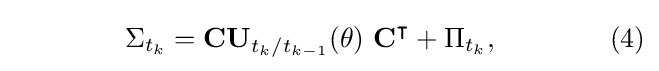
\qquad \qquad \Sigma _{t_{k}}=\mathbf {CU} _{{t_{k}}/t_{k-1}}(\theta )\ \mathbf {C} ^{\intercal }+\Pi _{t_{k}},\qquad \qquad (4)